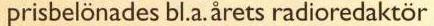
prisbelönades bl.a. årets radioredaktör